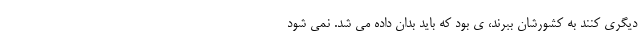
دیگری کنند به کشورشان ببرند، ی بود که باید بدان داده می شد. نمی شود